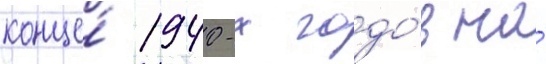
конце́ 1940-х годо́в на́